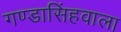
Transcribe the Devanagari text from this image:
गण्डासिंहवाला